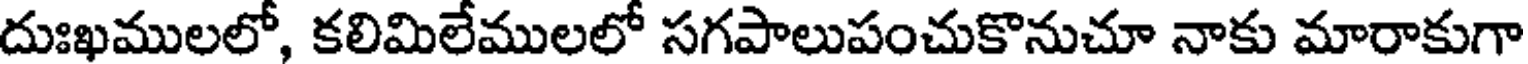
దుఃఖములలో, కలిమిలేములలో సగపాలుపంచుకొనుచూ నాకు మారాకుగా